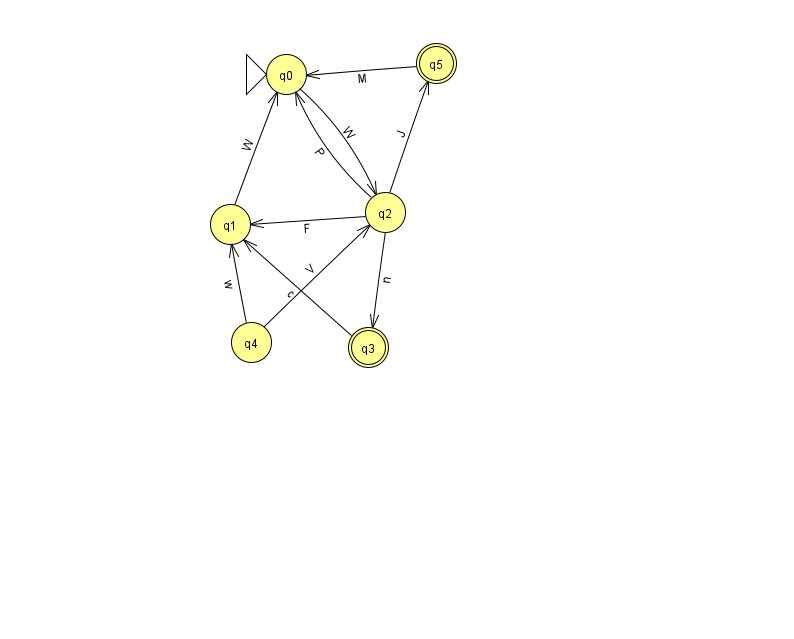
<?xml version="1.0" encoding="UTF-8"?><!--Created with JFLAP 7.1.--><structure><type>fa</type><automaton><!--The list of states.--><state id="0" name="q0"><x>286.0</x><y>61.0</y><initial/></state><state id="1" name="q1"><x>230.0</x><y>211.0</y></state><state id="2" name="q2"><x>385.0</x><y>199.0</y></state><state id="3" name="q3"><x>368.0</x><y>334.0</y><final/></state><state id="4" name="q4"><x>251.0</x><y>329.0</y></state><state id="5" name="q5"><x>436.0</x><y>50.0</y><final/></state><!--The list of transitions.--><transition><from>5</from><to>0</to><read>M</read></transition><transition><from>4</from><to>1</to><read>w</read></transition><transition><from>4</from><to>2</to><read>V</read></transition><transition><from>2</from><to>1</to><read>F</read></transition><transition><from>2</from><to>3</to><read>n</read></transition><transition><from>2</from><to>0</to><read>P</read></transition><transition><from>3</from><to>1</to><read>c</read></transition><transition><from>1</from><to>0</to><read>W</read></transition><transition><from>0</from><to>2</to><read>W</read></transition><transition><from>2</from><to>5</to><read>J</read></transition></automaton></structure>